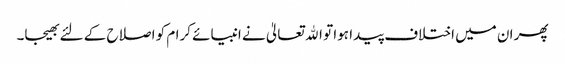
پھر ان میں اختلاف پیدا ہوا تو اﷲ تعالیٰ نے انبیائے کرام کو اصلاح کے لئے بھیجا۔